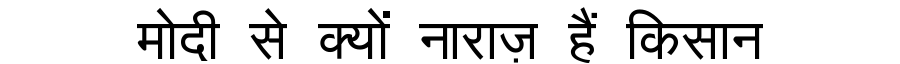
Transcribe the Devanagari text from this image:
मोदी से क्यों नाराज़ हैं किसान